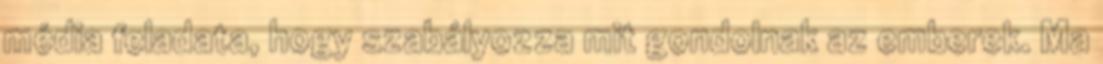
média feladata, hogy szabályozza mit gondolnak az emberek. Ma